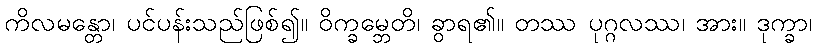
ကိလမန္တော၊ ပင်ပန်းသည်ဖြစ်၍။ ဝိက္ခမ္ဘေတိ၊ ခွာရ၏။ တဿ ပုဂ္ဂလဿ၊ အား။ ဒုက္ခာ၊